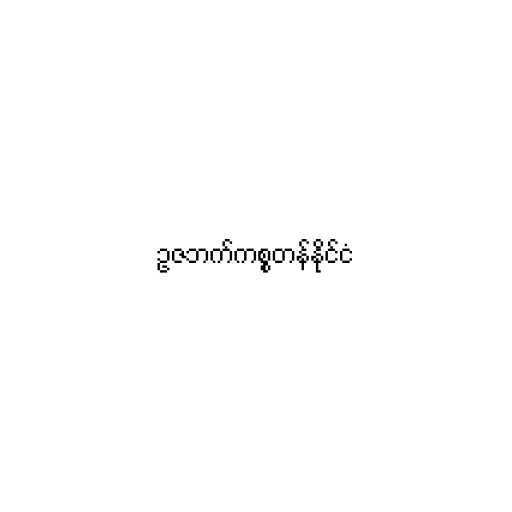
ဥဇဘက်ကစ္စတန်နိုင်ငံ